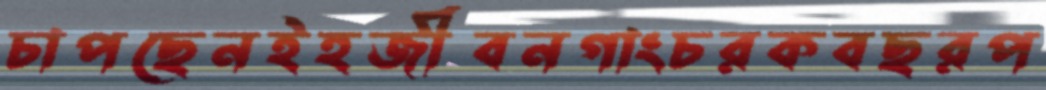
চাপছেনইহজীবনগাংচরকবছরপ